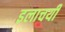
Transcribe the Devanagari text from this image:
इलाचयी